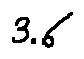
3 . 6